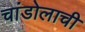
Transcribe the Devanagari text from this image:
चांडोलाची